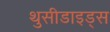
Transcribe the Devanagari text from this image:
थुसीडाइड्स